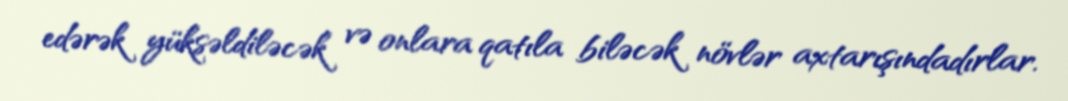
edərək yüksəldiləcək və onlara qatıla biləcək növlər axtarışındadırlar.